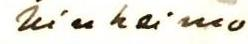
kinheimo